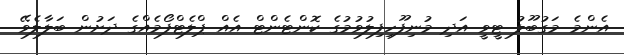
އެންމެ މަގުބޫލު ޓީވީ އަދި މުނިފޫހިފިލުވުމުގެ ކޮންޓެންޓް އެއް ޕްލެޓްފޯމެއްގެ ދަށުން ބަލާލެވޭ